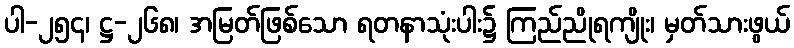
ပါ-၂၅၄၊ ဋ္ဌ-၂၆၈၊ အမြတ်ဖြစ်သော ရတနာသုံးပါး၌ ကြည်ညိုရကျိုး၊ မှတ်သားဖွယ်